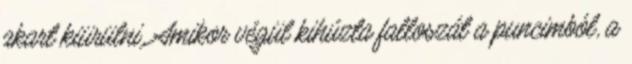
akart kiürülni. Amikor végül kihúzta falloszát a puncimból, a